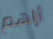
أراهم